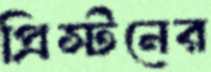
প্রিস্টনের